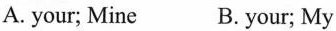
A. your; Mine B. your; My